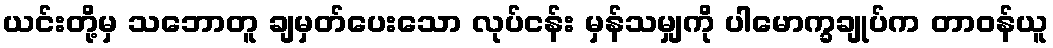
ယင်းတို့မှ သဘောတူ ချမှတ်ပေးသော လုပ်ငန်း မှန်သမျှကို ပါမောက္ခချုပ်က တာဝန်ယူ